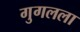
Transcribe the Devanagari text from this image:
गुगलला